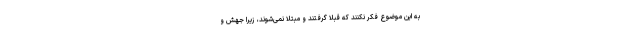
به این موضوع فکر نکنند که قبلا گرفتند و مبتلا نمی‌شوند، زیرا جهش و